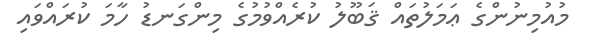
މުއުމިނުންގެ ޢަމަލުތައް ޤަބޫލު ކުރެއްވުމުގެ މިންގަނޑު ހާމަ ކުރައްވައި